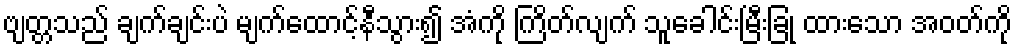
ဗျတ္တသည် ချက်ချင်းပဲ မျက်ထောင့်နီသွား၍ အံကို ကြိတ်လျက် သူခေါင်းမြီးခြုံ ထားသော အဝတ်ကို